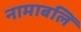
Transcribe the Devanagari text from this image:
नामाबलि